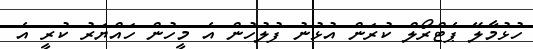
ހުޅުމާލޭ ޕެޓްރޯލް ކުރަން އުޅުނު ފުލުހުން އެ މީހުން ހައްޔަރު ކުރީ އެ